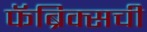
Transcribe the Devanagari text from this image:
फॅब्रिक्सची